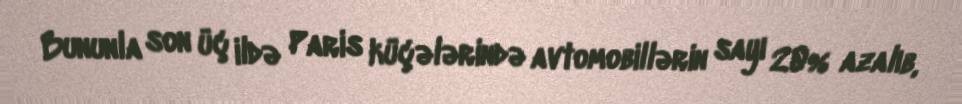
Bununla son üç ildə Paris küçələrində avtomobillərin sayı 20% azalıb,